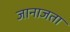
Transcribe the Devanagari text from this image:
जानाजता